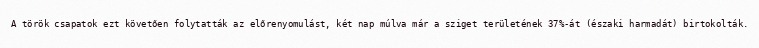
A török csapatok ezt követően folytatták az előrenyomulást, két nap múlva már a sziget területének 37%-át (északi harmadát) birtokolták.